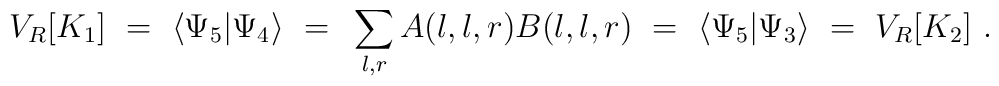
V_R[K_1]~=~\langle \Psi_5| \Psi_4 \rangle~=~\sum_{l,r} A(l,l,r)B(l,l,r)~=~\langle \Psi_5| \Psi_3 \rangle~=~V_R[K_2]~.